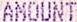
AMOUNT